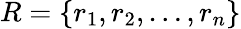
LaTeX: R=\{ r_{1},r_{2},\ldots,r_{n}\}